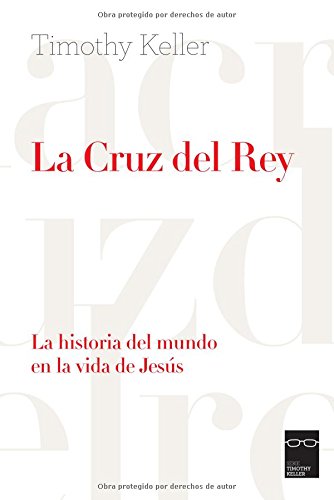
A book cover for La Cruz del Rey: La historia del mundo en la vida de JesÃºs (Spanish Edition); Timothy Keller; Christian Books & Bibles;